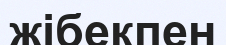
жібекпен